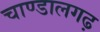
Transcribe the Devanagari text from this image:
चाण्डालगढ़